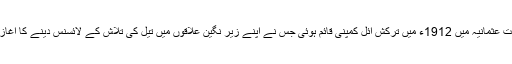
خلافت عثمانیہ میں 1912ء میں ترکش آئل کمپنی قائم ہوئی جس نے اپنے زیر نگین علاقوں میں تیل کی تلاش کے لائسنس دینے کا آغاز کیا۔